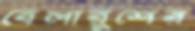
বেলারুশের